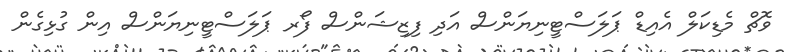
ވޮޗް މެޑިކަލް އެއިޑް ޕަލަސްޓީނިޔަންސް އަދި ފިޒިޝަންސް ފޯރ ޕަލަސްޓީނިޔަންސް އިން ގުޅިގެން